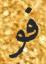
فو